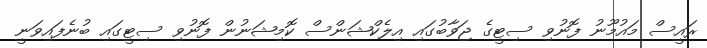
ރައީސް މައުމޫނު ފޮނުވި ސިޓީގެ ޖަވާބުގައި އިލެކްޝަންސް ކޮމިޝަނުން ފޮނުވި ސިޓީގައި ބުނެފައިވަނީ